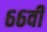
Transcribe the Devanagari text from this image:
६६वी